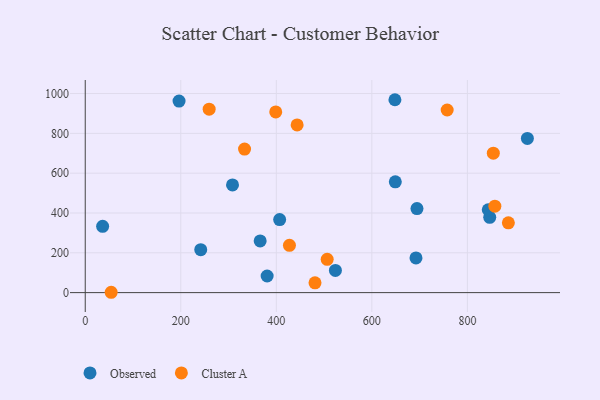
{"axis": {"x": "Investment", "y": "Exam Score"}, "legend": ["Cluster A", "Observed"], "data": [{"x": "648.3", "y": 969.0, "type": "Observed"}, {"x": "380.8", "y": 83.5, "type": "Observed"}, {"x": "846.8", "y": 378.2, "type": "Observed"}, {"x": "366.2", "y": 259.8, "type": "Observed"}, {"x": "308.3", "y": 541.2, "type": "Observed"}, {"x": "694.5", "y": 422.3, "type": "Observed"}, {"x": "407.0", "y": 366.7, "type": "Observed"}, {"x": "196.4", "y": 962.3, "type": "Observed"}, {"x": "692.4", "y": 174.2, "type": "Observed"}, {"x": "843.7", "y": 416.2, "type": "Observed"}, {"x": "523.7", "y": 111.7, "type": "Observed"}, {"x": "925.6", "y": 774.4, "type": "Observed"}, {"x": "241.8", "y": 215.7, "type": "Observed"}, {"x": "36.4", "y": 333.0, "type": "Observed"}, {"x": "649.1", "y": 556.7, "type": "Observed"}, {"x": "54.3", "y": 1.7, "type": "Cluster A"}, {"x": "443.6", "y": 842.5, "type": "Cluster A"}, {"x": "333.5", "y": 721.1, "type": "Cluster A"}, {"x": "427.5", "y": 237.7, "type": "Cluster A"}, {"x": "885.8", "y": 350.8, "type": "Cluster A"}, {"x": "854.3", "y": 700.5, "type": "Cluster A"}, {"x": "757.7", "y": 917.3, "type": "Cluster A"}, {"x": "506.5", "y": 167.1, "type": "Cluster A"}, {"x": "259.4", "y": 921.7, "type": "Cluster A"}, {"x": "481.0", "y": 49.4, "type": "Cluster A"}, {"x": "857.5", "y": 434.4, "type": "Cluster A"}, {"x": "398.8", "y": 907.8, "type": "Cluster A"}]}